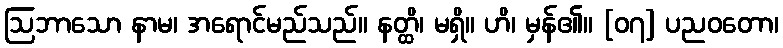
ဩဘာသော နာမ၊ အရောင်မည်သည်။ နတ္ထိ၊ မရှိ။ ဟိ၊ မှန်၏။ [၀၇] ပညဝတော၊